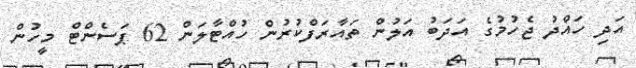
އަދި ހައްދު ޖެހުމުގެ އަދަބު އަލުން ތައާރަފްކުރުން ހުއްޓާލަން 62 ޕަސެންޓް މީހުން